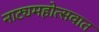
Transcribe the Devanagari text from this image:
नाट्यमहोत्सवात